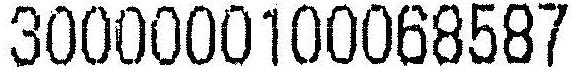
3000000100068587